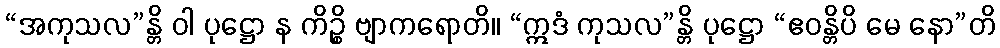
“အကုသလ”န္တိ ဝါ ပုဋ္ဌော န ကိဉ္စိ ဗျာကရောတိ။ “ဣဒံ ကုသလ”န္တိ ပုဋ္ဌော “ဧဝန္တိပိ မေ နော”တိ